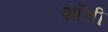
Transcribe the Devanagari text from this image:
शॉची